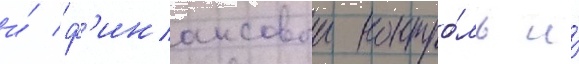
и́ ф'инансовыи контро́ль и́